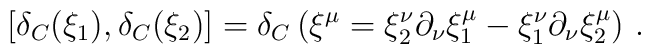
\left[\delta_C(\xi_1),\delta_C(\xi_2)\right]=\delta_C\left(\xi^\mu=\xi_2^\nu\partial_\nu\xi_1^\mu-\xi_1^\nu\partial_\nu\xi_2^\mu\right)\,.